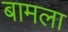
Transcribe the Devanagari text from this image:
बामला